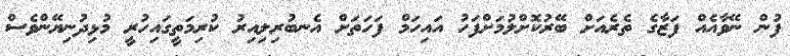
ފުން ނޭވާއެއް ފަޒާގެ ތެރެއަށް ބޭރުކޮށްލުމަށްފަހު އައިހަމް ފަހަތަށް އެނބުރިލިއިރު ކުރިމަތީގައިހުރީ މުޅިދުނިޔޭންވެސް